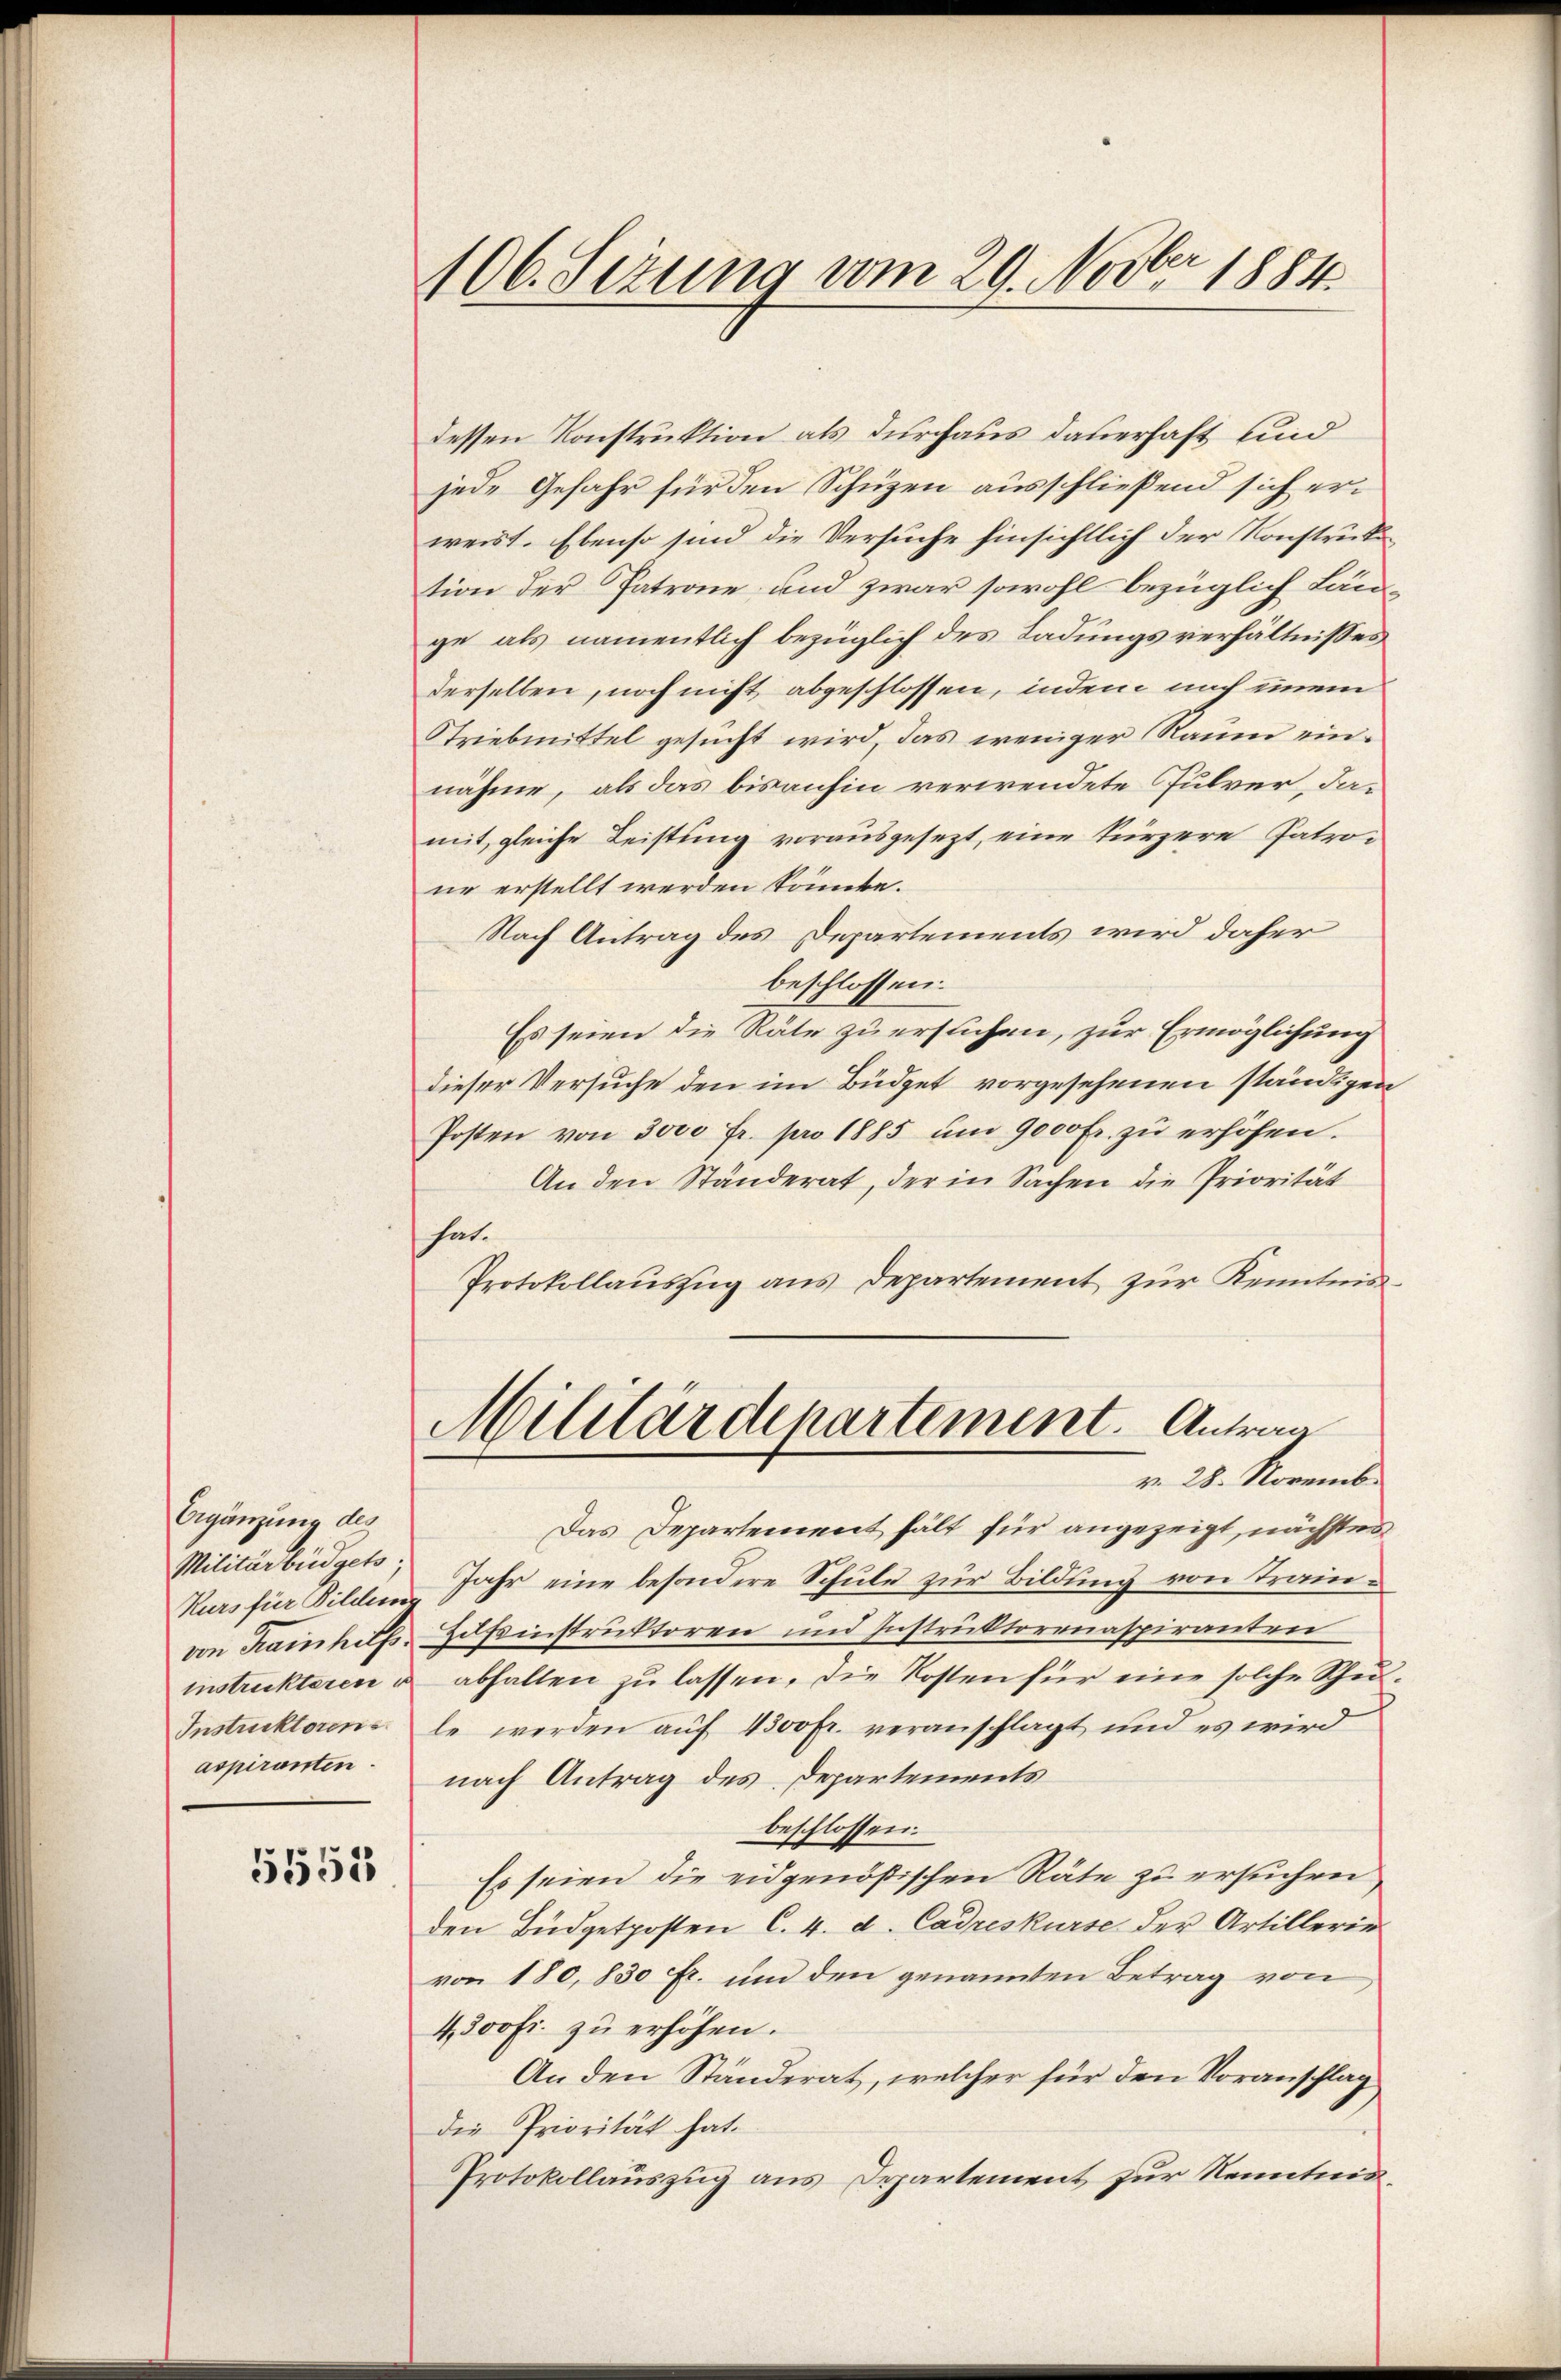
Ergänzung des
Militärbüdgets,
von Hainhus
instruckteren u
Instruktorens
aspiranten.

5555

106. Sizung vom 29. Novber 1884

dessen Konstruktion als durchaus dauerhaft und
jede Gefahr für den Schüzen ausschließend sich erweist. Ebenso sind die Versuche hinsichtlich der Konstruktion der Patrone, und zwar sowohl bezüglich Länge als namentlich bezüglich des Ladungsverhältnisses
derselben, noch nicht abgeschlossen, indem nach einem
Striebmittel gesucht wird, das weniger Raum einnähme, als das bisanhin verwendete Julver, damit, gleiche Leistung vorausgesezt, eine kürzere Patrone erstellt werden könnte.
Nach Antrag des Departements wird daher
beschlossen:
Es seien die Räte zu ersuchen, zur Ermöglichung
dieser Versuche den im Büdget vorgesehenen ständigen
Posten von 3000 fr. pro 1885 ŭm 9000 fr. zŭ erhöhen.
An den Ständerat, der in Sachen die Priorität
hat.
Protokollauszug aus Departement zur Kenntnis
Militärdepartement. Antrag
v. 28. Novemb.
Das Departement hält für angezeigt, nächster
Kurs für Bilden Jahr eine besondere Schŭle zŭr Bildung von Tram¬
Zofinstruktoren und Instruktorenaspiranten
abhalten zu lassen, die Kosten für eine solche Schulle werden auf 4300 fr. veranschlagt und es wird
nach Antrag des Departements
beschlossen:
Es seien die eidgenößischen Räte zu ersuchen
den Büdgetposten C. 4. d. Cadreskurse der Artillerie
von 180, 830 fr. und den genannten Betrag von
4300 fr. zu erhöhen.
An den Ständerat, welcher für den Voranschlag
die Priorität hat.
Protokollauszug aus Departement zur Kenntnis¬